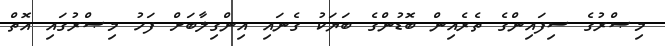
މިޞްރުގެ ސިފައިންގެ ތެރެއިން ބޮޑުންގެ ބަޔަކު ގެނައި އިންގިލާބަށް ފަހު މިޞްރުގައި އޮތް